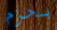
بحزم